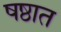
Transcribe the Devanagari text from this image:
षष्ठात